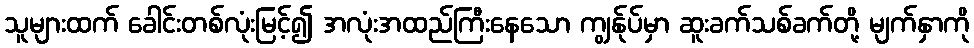
သူများထက် ခေါင်းတစ်လုံးမြင့်၍ အလုံးအထည်ကြီးနေသော ကျွန်ုပ်မှာ ဆူးခက်သစ်ခက်တို့ မျက်နှာကို